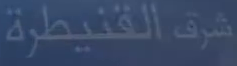
شرق القنيطرة